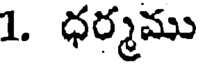
1. ధర్మము